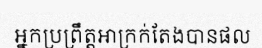
អ្នកប្រព្រឹត្តអាក្រក់តែងបានផល